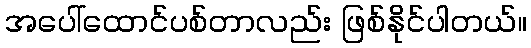
အပေါ်ထောင်ပစ်တာလည်း ဖြစ်နိုင်ပါတယ်။